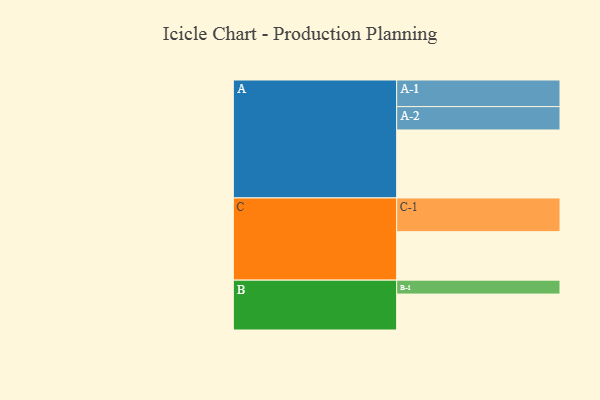
{"axis": {"x": "Segment", "y": "Value"}, "legend": ["", "A", "B", "C"], "data": [{"x": "A", "y": 585, "type": ""}, {"x": "B", "y": 309, "type": ""}, {"x": "C", "y": 417, "type": ""}, {"x": "A-1", "y": 229, "type": "A"}, {"x": "A-2", "y": 201, "type": "A"}, {"x": "B-1", "y": 120, "type": "B"}, {"x": "C-1", "y": 290, "type": "C"}]}